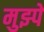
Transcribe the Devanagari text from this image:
मुझ्पे